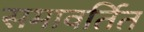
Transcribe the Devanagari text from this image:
समावर्तित